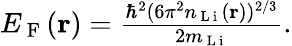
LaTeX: \begin{array}{r}{E_{\mathrm{~F~}}(\textbf{r})=\frac{\hbar^{2}(6\pi^{2}n_{\mathrm{~L~i~}}(\textbf{r}))^{2/3}}{2m_{\mathrm{~L~i~}}}.}\end{array}